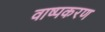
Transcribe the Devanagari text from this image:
वाष्पकरण